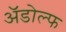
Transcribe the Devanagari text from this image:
ॲडोल्फ